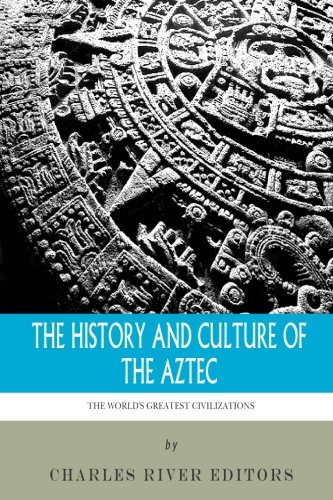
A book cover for The World's Greatest Civilizations: The History and Culture of the Aztec; Charles River Editors; History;